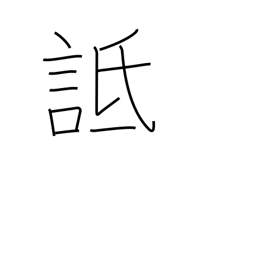
Meaning: vilify